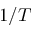
1 / T